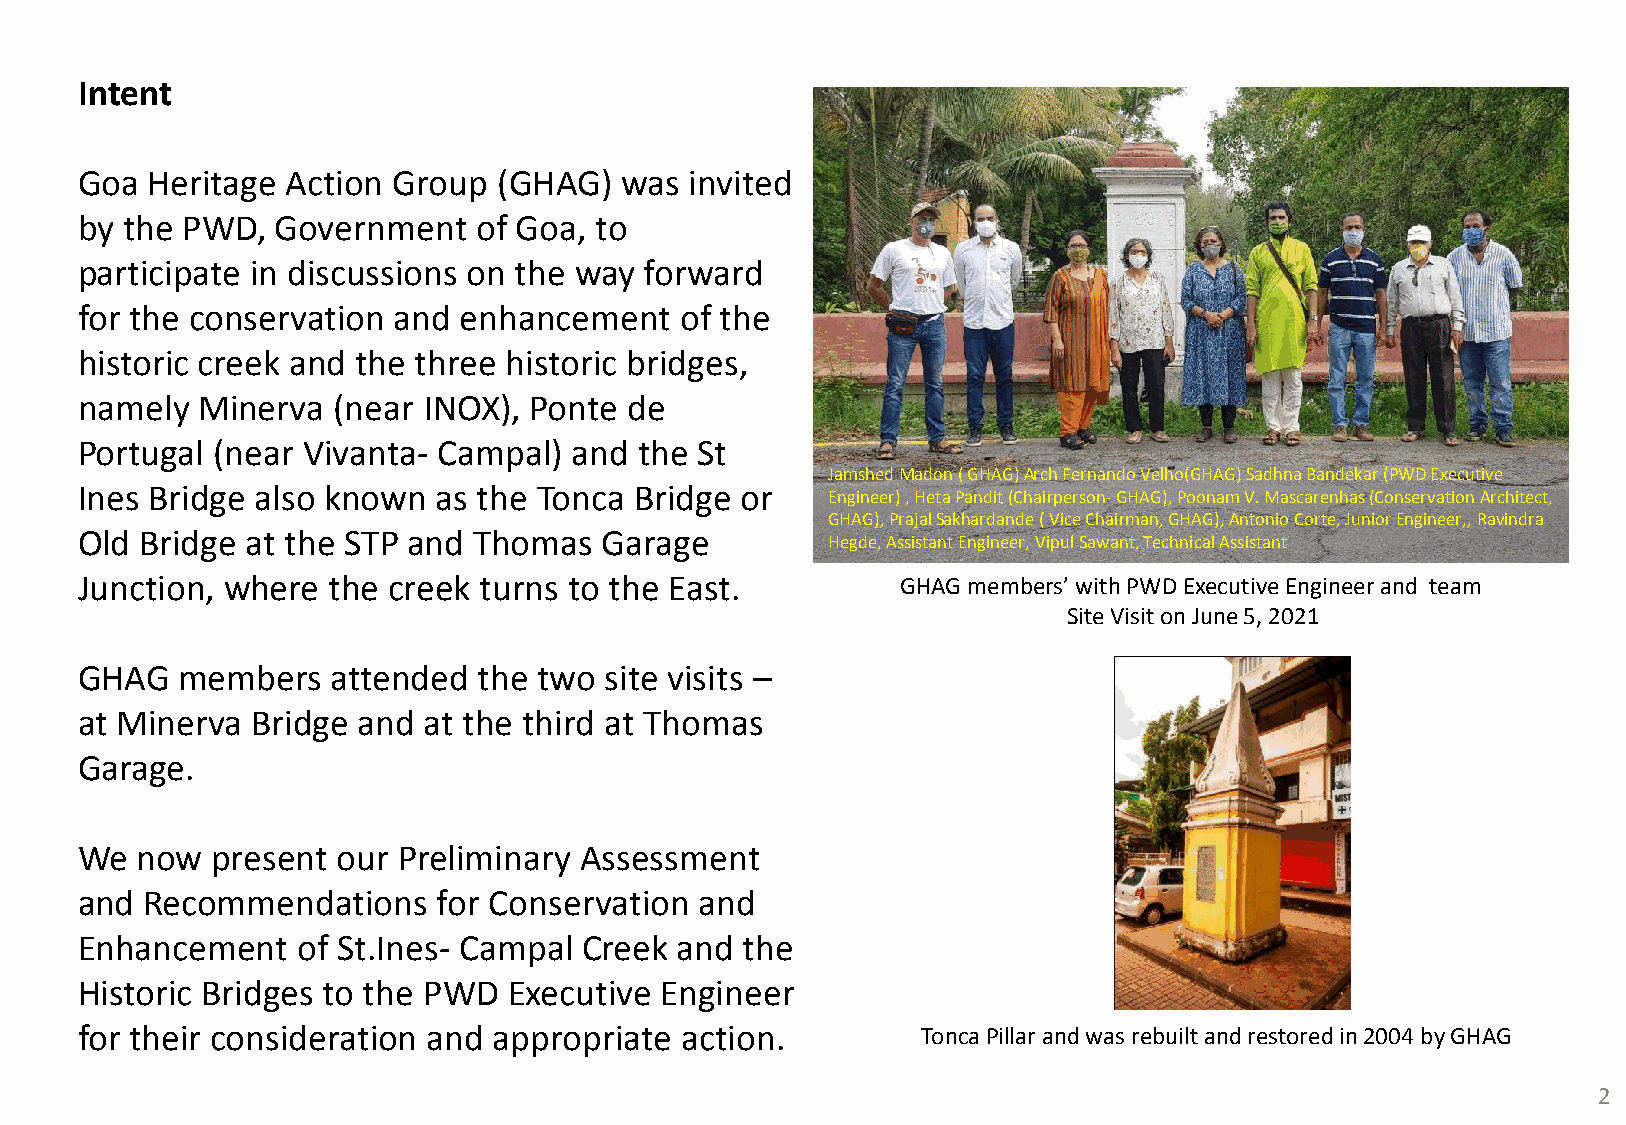
Intent
 Goa  Heritage Action Group  (GHAG)  was  invited
 by the PWD,  Government   of Goa, to
 participate in discussions on the way forward
 for the conservation and enhancement    of the
 historic creek and the three historic bridges,
 namely  Minerva  (near INOX), Ponte de
 Portugal (near Vivanta- Campal)  and the St
 Jamshed Madon ( GHAG) Arch Fernando Velho(GHAG) Sadhna Bandekar (PWD Executive
 Ines Bridge also known  as the Tonca Bridge or
 Engineer) , Heta Pandit (Chairperson- GHAG), Poonam V. Mascarenhas (Conservation Architect,
 GHAG), Prajal Sakhardande ( Vice Chairman, GHAG), Antonio Corte, Junior Engineer,, Ravindra
 Old Bridge at the STP and Thomas   Garage
 Hegde, Assistant Engineer, Vipul Sawant, Technical Assistant
 Junction, where  the creek turns to the East.          GHAG members’ with PWD Executive Engineer and team
 Site Visit on June 5, 2021
 GHAG   members   attended  the two site visits –
 at Minerva  Bridge and at the third at Thomas
 Garage.
 We  now  present our Preliminary Assessment
 and  Recommendations    for Conservation and
 Enhancement    of St.Ines- Campal Creek and the
 Historic Bridges to the PWD  Executive Engineer
 for their consideration and appropriate action.         Tonca Pillar and was rebuilt and restored in 2004 by GHAG
 2